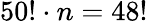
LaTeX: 50!\cdot n=48!